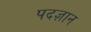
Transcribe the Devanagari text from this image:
पदज्ञान